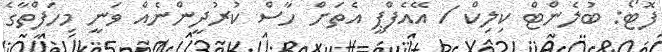
ފޮޓޯ: ބުލެންޓް ކިލިކް / އޭއެފްޕީ އެތަށް ހާސް ކުރުދީންނެއް ވަނީ މިހަފްތާގެ